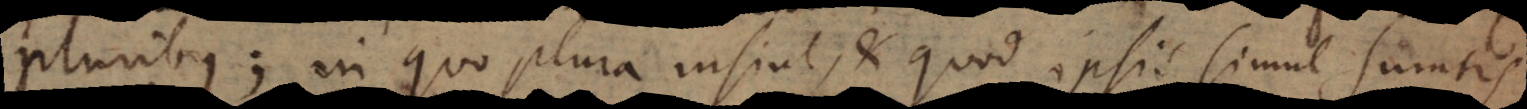
pluribus; in quo plura insint, et quod ipsis simul sumtis